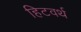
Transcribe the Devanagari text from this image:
हिटवर्थ